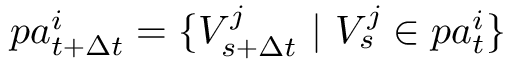
p a _ { t + \Delta t } ^ { i } = \{ V _ { s + \Delta t } ^ { j } ~ \vert ~ V _ { s } ^ { j } \in p a _ { t } ^ { i } \}